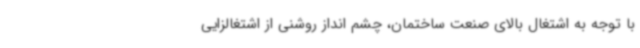
با توجه به اشتغال بالای صنعت ساختمان، چشم انداز روشنی از اشتغالزایی